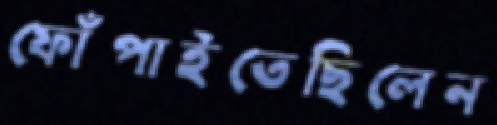
ফোঁপাইতেছিলেন